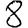
Digit: 8